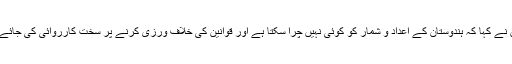
انہوں نے کہا کہ ہندوستان کے اعداد و شمار کو کوئی نہیں چرا سکتا ہے اور قوانین کی خلاف ورزی کرنے پر سخت کارروائی کی جائے گی۔